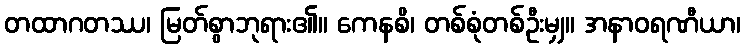
တထာဂတဿ၊ မြတ်စွာဘုရား၏။ ကေနစိ၊ တစ်စုံတစ်ဦးမျှ။ အနာဝရဏီယာ၊